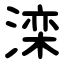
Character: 滦